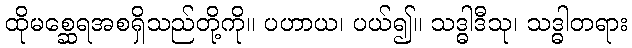
ထိုမစ္ဆေရအစရှိသည်တို့ကို။ ပဟာယ၊ ပယ်၍။ သဒ္ဓါဒီသု၊ သဒ္ဓါတရား